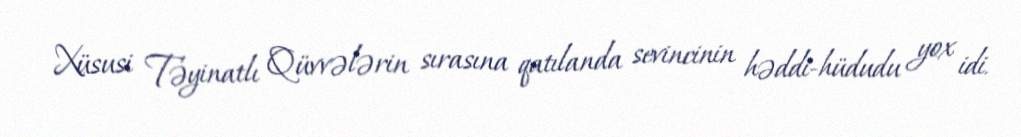
Xüsusi Təyinatlı Qüvvələrin sırasına qatılanda sevincinin həddi-hüdudu yox idi.